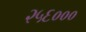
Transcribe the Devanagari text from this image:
२५६०००